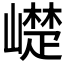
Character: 𮱰